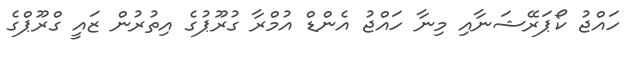
ހައްޖު ކޯޕަރޭޝަނާއި މިނާ ހައްޖު އެންޑް އުމްރާ ގުރޫޕުގެ އިތުރުން ޒައީ ގްރޫޕްގެ